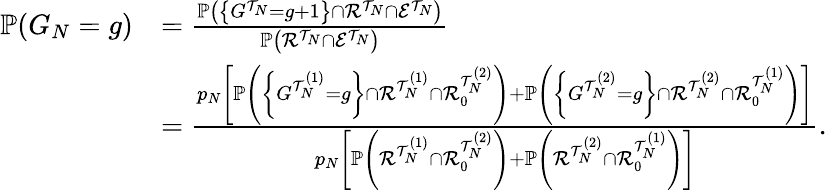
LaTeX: \begin{array}{rl}{\mathbb{P}(G_{N}=g)}&{=\frac{\mathbb{P}\left(\left\{ G^{\mathcal{T}_{N}}=g+1\right\} \cap\mathcal{R}^{\mathcal{T}_{N}}\cap\mathcal{E}^{\mathcal{T}_{N}}\right)}{\mathbb{P}\left(\mathcal{R}^{\mathcal{T}_{N}}\cap\mathcal{E}^{\mathcal{T}_{N}}\right)}}\\ &{=\frac{p_{N}\left[\mathbb{P}\left(\left\{ G^{\mathcal{T}_{N}^{(1)}}=g\right\} \cap\mathcal{R}^{\mathcal{T}_{N}^{(1)}}\cap\mathcal{R}_{0}^{\mathcal{T}_{N}^{(2)}}\right)+\mathbb{P}\left(\left\{ G^{\mathcal{T}_{N}^{(2)}}=g\right\} \cap\mathcal{R}^{\mathcal{T}_{N}^{(2)}}\cap\mathcal{R}_{0}^{\mathcal{T}_{N}^{(1)}}\right)\right]}{p_{N}\left[\mathbb{P}\left(\mathcal{R}^{\mathcal{T}_{N}^{(1)}}\cap\mathcal{R}_{0}^{\mathcal{T}_{N}^{(2)}}\right)+\mathbb{P}\left(\mathcal{R}^{\mathcal{T}_{N}^{(2)}}\cap\mathcal{R}_{0}^{\mathcal{T}_{N}^{(1)}}\right)\right]}.}\end{array}